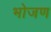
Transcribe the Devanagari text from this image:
भोजण